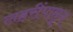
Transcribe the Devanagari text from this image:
लहरींपासून